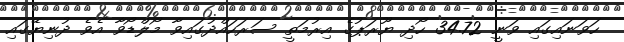
ހަވަނައިގައި ވަނީ 34.72 ހޯދި ޔޫރަޕުގެ އިރުމަތީ ސަރަހައްދުގައިވާ މޯލްޑޯވާ އެވެ ދުނިޔޭގައި